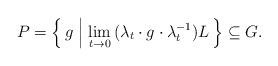
LaTeX: \begin{align*}P = \Big\{\, g \mathrel{\Big|} \underset{t\to 0}{\operatorname{lim}} \, (\lambda_t \cdot g \cdot \lambda_t^{-1}) L \,\Big\} \subseteq G.\end{align*}